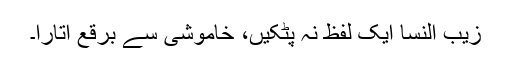
زیب النسا ایک لفظ نہ پٹکیں، خاموشی سے برقع اتارا۔